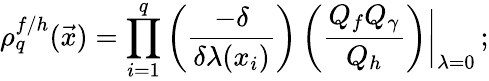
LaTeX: \rho_{q}^{f{/}h}(\vec{x})=\prod_{i=1}^{q}\left(\frac{-\delta}{\delta\lambda(x_{i})}\right)\left(\frac{Q_{f}Q_{\gamma}}{Q_{h}}\right)\biggr|_{\lambda=0}\, ;